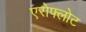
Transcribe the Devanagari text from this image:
एरोफ्लोट